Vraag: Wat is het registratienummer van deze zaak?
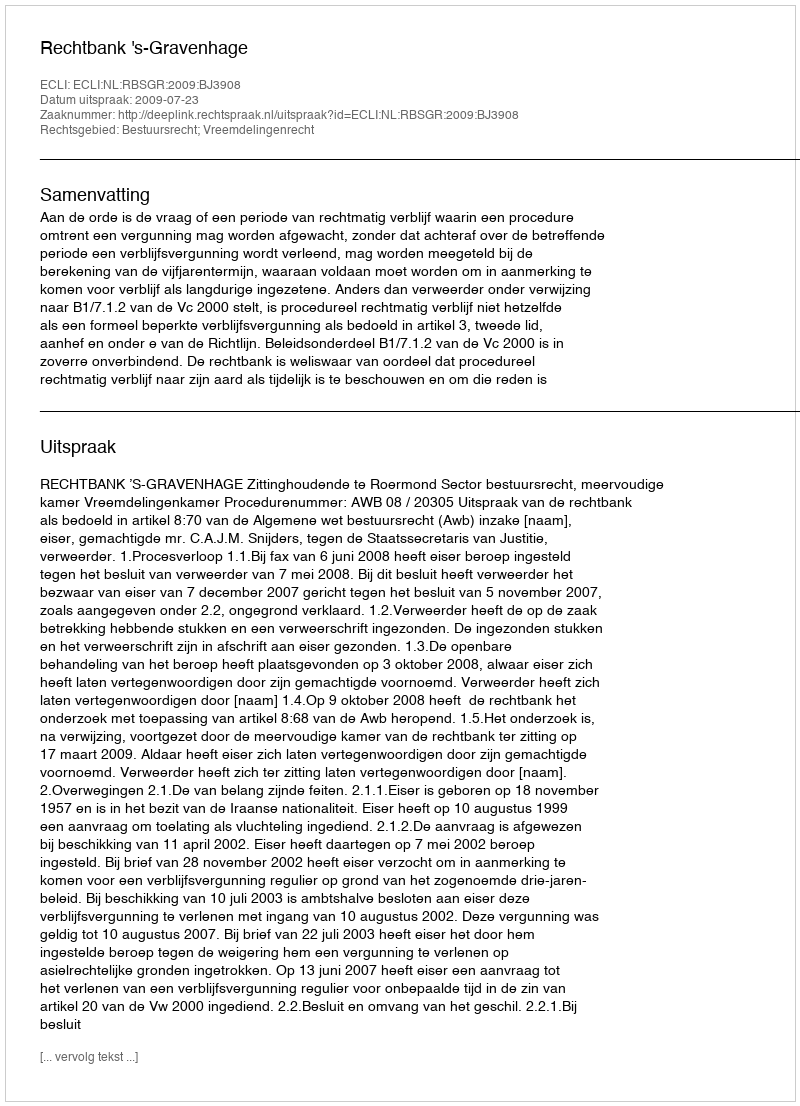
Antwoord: http://deeplink.rechtspraak.nl/uitspraak?id=ECLI:NL:RBSGR:2009:BJ3908